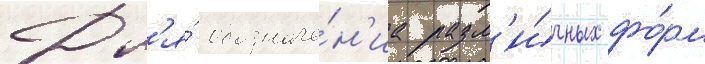
Дл'я́ обозначе́н'иа разл'и́чных фо́рм